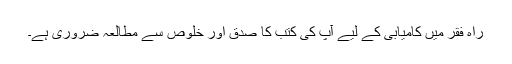
راہِ فقر میں کامیابی کے لیے آپؓ کی کتب کا صدق اور خلوص سے مطالعہ ضروری ہے۔